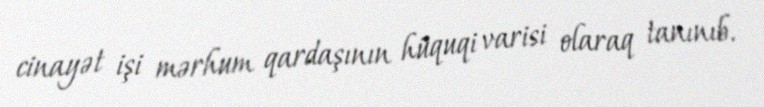
cinayət işi mərhum qardaşının hüquqi varisi olaraq tanınıb.